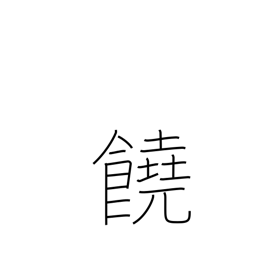
Meaning: abundant